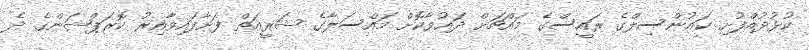
ކުޅުދުއްފުށި ކައުންސިލްގެ ރައީސްގެ މައްޗަށް ދައުވާކޮށް މައްސަލާގެ ޝަރީއަތް ފަށާފައިވާއިރު ކޮރަޕްޝަންގެ ދެ